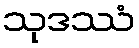
သုဒဿံ